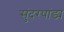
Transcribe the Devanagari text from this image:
सुंदरपांड्य